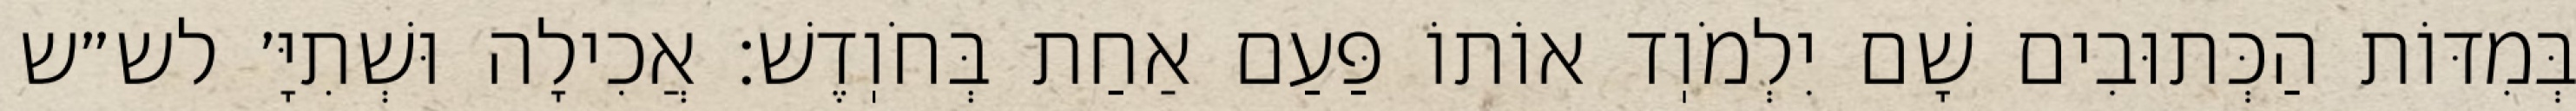
בְּמִדּוֹת הַכְּתוּבִים שָׁם יִלְמֹוֽד אוֹתוֹ פַּעַם אַחַת בְּחֹוֽדֶשׁ: אֲכִילָה וּשְׁתִיָּ׳ לש״ש